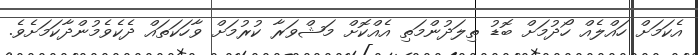
އެކަމަށް ހައްލެއް ހޯދުމަށް ބޮޑު ތިލަދުންމަތި އެއްކޮށް މަޝްވަރާ ކުރުމަށް ވާހަކަތައް ދެކެވެމުންދާކަމަށެވެ.